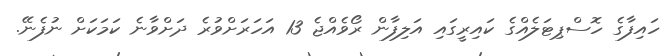
ހައިފާގެ ހޮސްޕިޓަލެއްގެ ކައިރީގައި އަލިފާން ރޯވެއްޖެ 13 އަހަރަށްވުރެ ދަށްވާނެ ކަމަކަށް ނުފެނޭ.